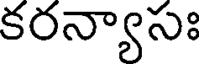
కరన్యాసః